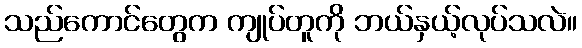
သည်ကောင်တွေက ကျုပ်တူကို ဘယ်နှယ့်လုပ်သလဲ။